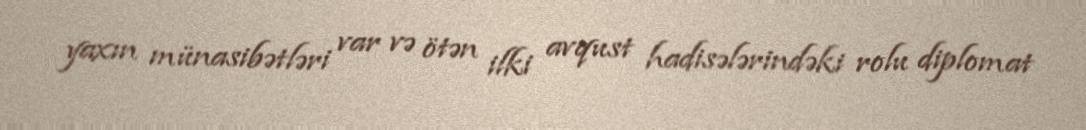
yaxın münasibətləri var və ötən ilki avqust hadisələrindəki rolu diplomat